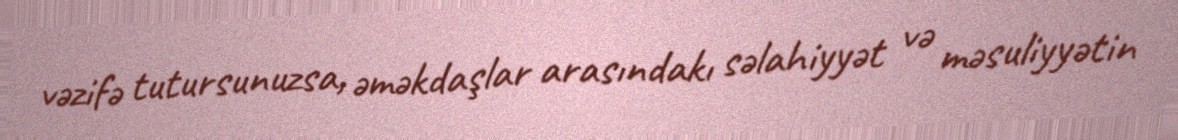
vəzifə tutursunuzsa, əməkdaşlar arasındakı səlahiyyət və məsuliyyətin